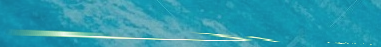
متاجر الهامش للمفروشات ال